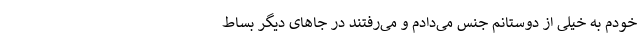
خودم به خیلی از دوستانم جنس می‌دادم و می‌رفتند در جاهای دیگر بساط